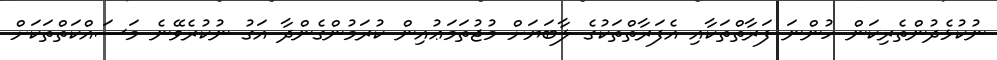
ނުކުޅެދުންތެރިކަން ހުންނަ ފަރާތްތަކާއި އެފަރާތްތަކުގެ ލާބަޔަށް މުޖުތަމަޢުއިން ކުރަމުންގެންދާ އަގު ނުކުރެވޭނެ މަސައްކަތްތަކަށް